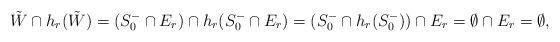
LaTeX: \begin{align*}\tilde W \cap h_r(\tilde W) =(S_0^- \cap E_r) \cap h_r(S_0^- \cap E_r)=(S_0^-\cap h_r(S_0^-))\cap E_r =\emptyset \cap E_r=\emptyset,\end{align*}